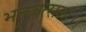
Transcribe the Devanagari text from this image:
भक्तवत्सलः।।